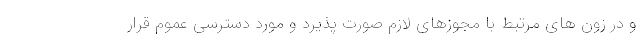
و در زون های مرتبط با مجوزهای لازم صورت پذیرد و مورد دسترسی عموم قرار